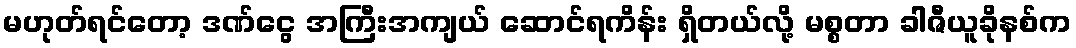
မဟုတ်ရင်တော့ ဒဏ်ငွေ အကြီးအကျယ် ဆောင်ရကိန်း ရှိတယ်လို့ မစ္စတာ ခါဇီယူခိုနစ်က